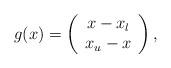
LaTeX: \begin{align*} g(x) = \left(\begin{array}{c} x-x_l \\x_u - x\end{array}\right),\end{align*}